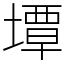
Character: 墰